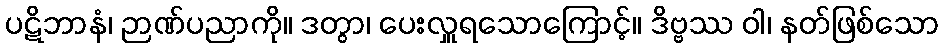
ပဋိဘာနံ၊ ဉာဏ်ပညာကို။ ဒတွာ၊ ပေးလှူရသောကြောင့်။ ဒိဗ္ဗဿ ဝါ၊ နတ်ဖြစ်သော